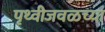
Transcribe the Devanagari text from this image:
पृथ्वीजवळच्या